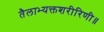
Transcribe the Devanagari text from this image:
तैलाभ्यक्तशरीरिणी॥